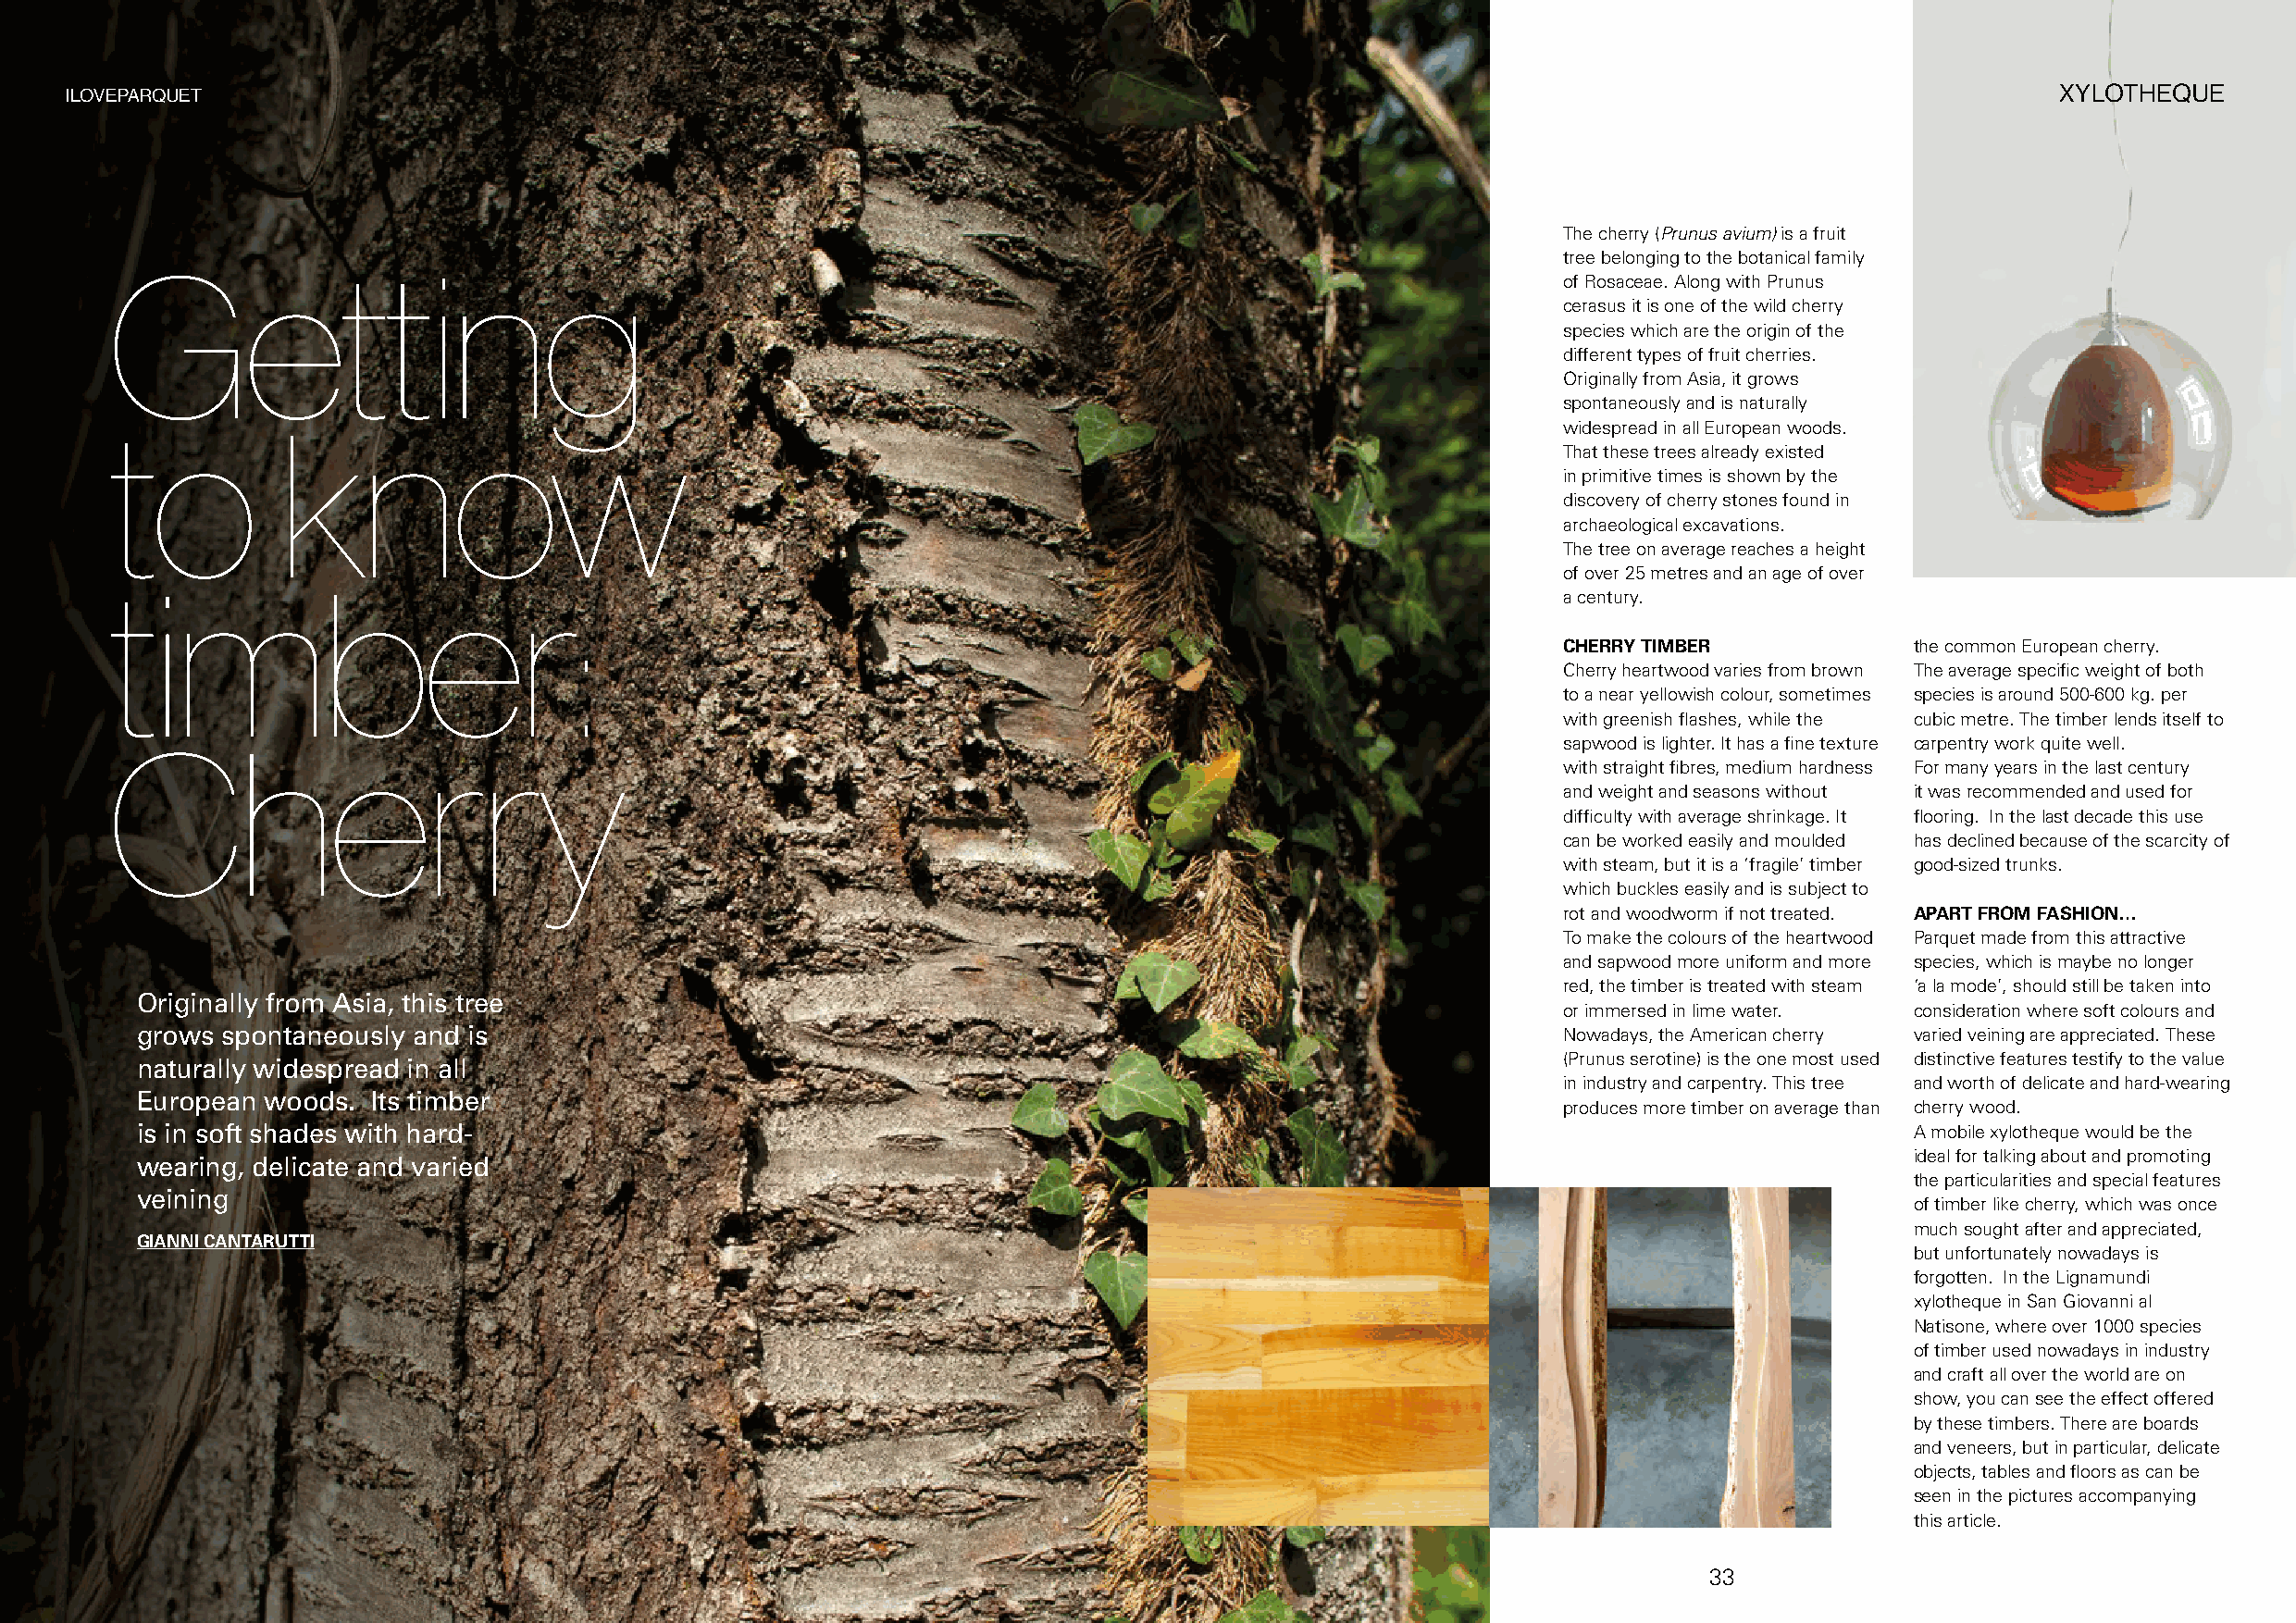
ILOVEPARQUET                                                                                                                                  XYLOTHEQUE
 The cherry (Prunus avium) is a fruit
 tree belonging to the botanical family
 Getting
 of Rosaceae. Along with Prunus
 cerasus it is one of the wild cherry
 species which are the origin of the
 different types of fruit cherries.
 Originally from Asia, it grows
 spontaneously and is naturally
 to          know                                                                                        widespread in all European woods.
 That these trees already existed
 in primitive times is shown by the
 discovery of cherry stones found in
 archaeological excavations.
 The tree on average reaches a height
 of over 25 metres and an age of over
 timber:
 a century.
 CHERRY TIMBER            the common European cherry.
 Cherry heartwood varies from brown The average specific weight of both
 to a near yellowish colour, sometimes species is around 500-600 kg. per
 with greenish flashes, while the cubic metre. The timber lends itself to
 Cherry                                                                                                  sapwood is lighter. It has a fine texture carpentry work quite well.
 with straight fibres, medium hardness For many years in the last century
 and weight and seasons without it was recommended and used for
 difficulty with average shrinkage. It flooring. In the last decade this use
 can be worked easily and moulded has declined because of the scarcity of
 with steam, but it is a ‘fragile’ timber good-sized trunks.
 which buckles easily and is subject to
 rot and woodworm if not treated. APART FROM FASHION…
 To make the colours of the heartwood Parquet made from this attractive
 and sapwood more uniform and more species, which is maybe no longer
 red, the timber is treated with steam ‘a la mode’, should still be taken into
 Originally from Asia, this tree
 or immersed in lime water. consideration where soft colours and
 grows spontaneously and is                                                                            Nowadays, the American cherry varied veining are appreciated. These
 (Prunus serotine) is the one most used distinctive features testify to the value
 naturally widespread in all
 in industry and carpentry. This tree and worth of delicate and hard-wearing
 European woods.  Its timber
 produces more timber on average than cherry wood.
 is in soft shades with hard-                                                                                                   A mobile xylotheque would be the
 ideal for talking about and promoting
 wearing, delicate and varied
 the particularities and special features
 veining
 of timber like cherry, which was once
 much sought after and appreciated,
 GIANNI CANTARUTTI
 but unfortunately nowadays is
 forgotten. In the Lignamundi
 xylotheque in San Giovanni al
 Natisone, where over 1000 species
 of timber used nowadays in industry
 and craft all over the world are on
 show, you can see the effect offered
 by these timbers. There are boards
 and veneers, but in particular, delicate
 objects, tables and floors as can be
 seen in the pictures accompanying
 this article.
 32                                                                                33